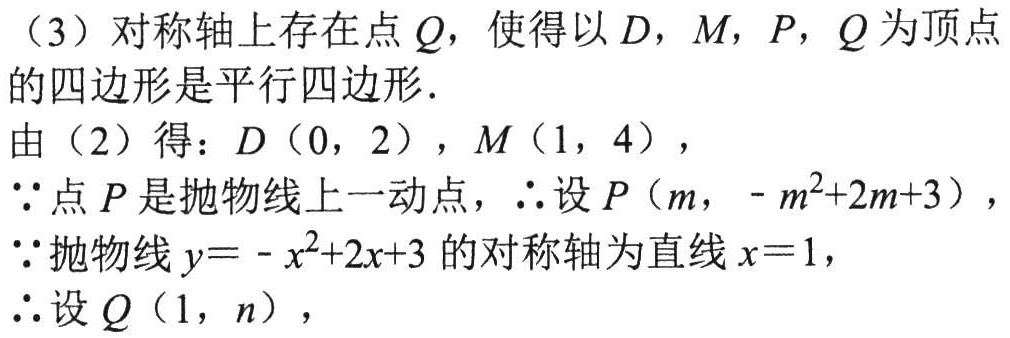
（3）对称轴上存在点\(Q\)，使得以\(D\)，\(M\)，\(P\)，\(Q\)为顶点的四边形是平行四边形．
由（2）得：\(D(0,2)\)，\(M(1,4)\)，
\(\because\)点\(P\)是抛物线上一动点，\(\therefore\)设\(P(m,-m^{2}+2m + 3)\)，
\(\because\)抛物线\(y=-x^{2}+2x + 3\)的对称轴为直线\(x = 1\)，
\(\therefore\)设\(Q(1,n)\)，